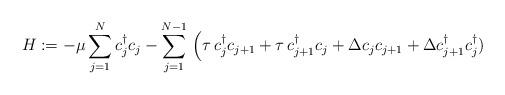
LaTeX: \begin{align*}H:=-\mu \sum_{j=1}^{N}c^{\dagger}_jc_j-\sum_{j=1}^{N-1}\,\Big(\tau \, c_j^{\dagger}c_{j+1}+\tau \, c^{\dagger}_{j+1}c_j+\Delta c_jc_{j+1}+\Delta c^{\dagger}_{j+1}c^{\dagger}_j)\end{align*}